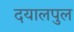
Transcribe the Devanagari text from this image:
दयालपुल